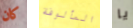
كان المألوفة يا